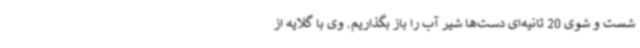
شست و شوی 20 ثانیه‌ای دست‌ها شیر آب را باز بگذاریم. وی با گلایه از